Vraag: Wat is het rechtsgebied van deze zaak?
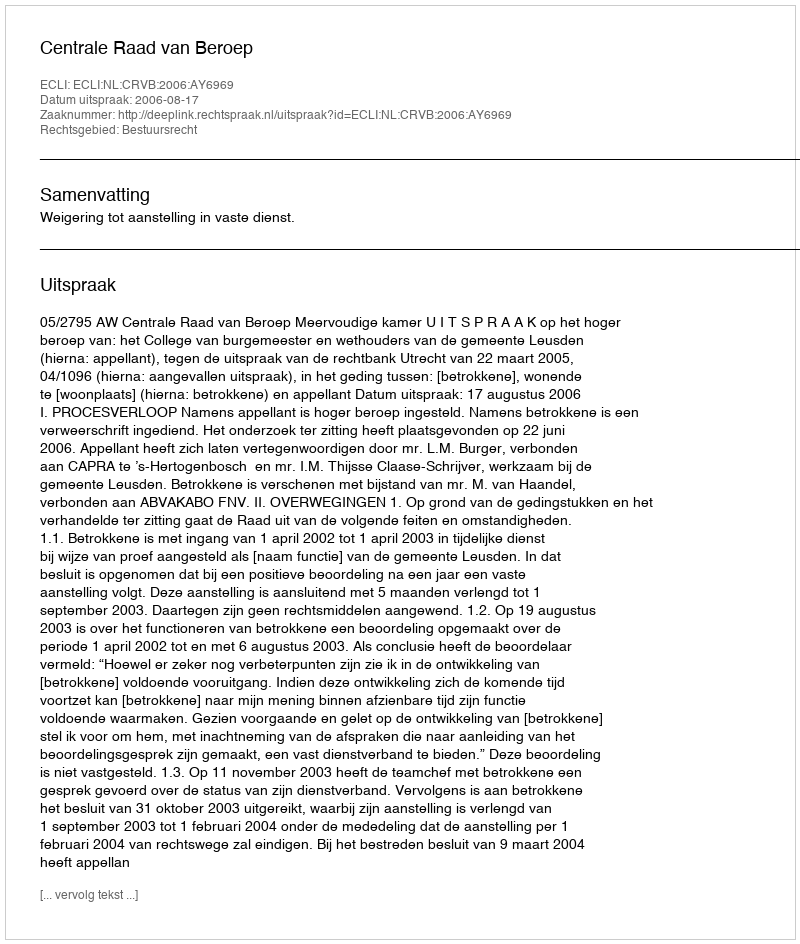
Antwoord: Bestuursrecht